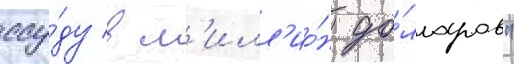
ссу́ду в м'илл'ио́н до́лларов"